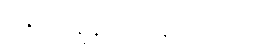
ဇေဿန္တန္တိ ဝိစရန္တံ ဟုဖွင့်ပြပုံ။